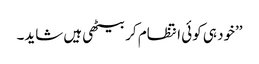
’’خود ہی کوئی انتظام کر بیٹھی ہیں شاید۔